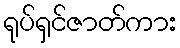
ရုပ်ရှင်ဇာတ်ကား